Report on sanitation, dispensaries, and jails in Rajputana for 1915, and on vaccination for the year 1915-1916 - 1915-1916
Year: 1915
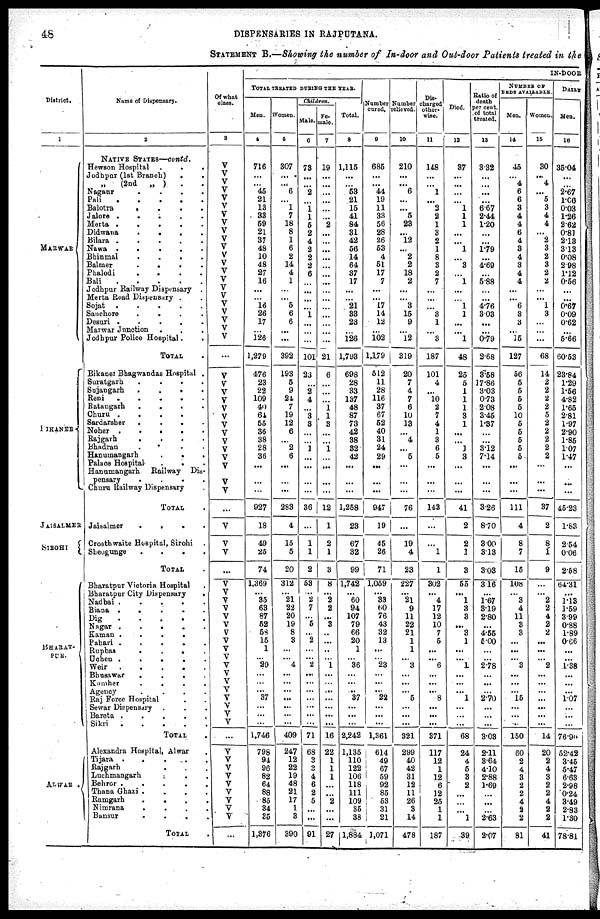
48
DISPENSARIES IN RAJPUTANA.
STATEMENT B.—Showing the number of In-door and Out-door Patients treated in the
District.
1
MARWAR
BIKANER
JAISALMER
SIROHI
BHARAT-
PUR.
ALWAR .
Name of Dispensary.
2
NATIVE STATES—contd.
Hewson Hospital
.
.
.
Jodhpur (1st Branch) . .
(2nd
„ )
. .
Nagaur
.
.
.
.
Pali . .
.
.
.
Balotra
.
.
.
.
Jalore .
.
. . .
Merta .
.
.
.
.
Didwana
.
.
.
.
Bilara .
.
.
.
.
Nawa .
.
.
.
.
Bhinmal
.
.
.
.
Balmer
.
.
.
.
Phalodi
.
.
.
.
Bali
.
.
.
.
.
Jodhpur Railway Dispensary .
Merta Road Dispensary . .
Sojat
.
.
.
.
.
Sanchore
.
.
.
.
Desuri .
.
.
.
.
Marwar Junction
. . .
Jodhpur Police Hospital .
.
TOTAL .
Bikaner Bhagwandas Hospital .
Suratgarh
.
.
.
.
Sojangarh . . . .
Reni
.
.
.
.
.
Ratangarh
. . . .
Churu .
.
.
.
Sardarsher
.
.
.
.
Noher .
.
.
.
.
Rajgarh
.
.
.
.
Bhadran
. . . .
Hanumangarh
.
.
.
Palace Hospital
.
. .
Hanumangarh
Railway Dis-
pensary
.
.
.
.
Churu Railway Dispensary .
TOTAL .
Jaisalmer
.
.
.
.
Crosthwaite Hospital, Sirohi .
Sheogunge
.
.
.
.
TOTAL .
Bharatpur Victoria Hospital .
Bharatpur City Dispensary
.
Nadbai .
.
.
.
.
Biana .
.
.
.
.
Dig
.
.
.
.
.
Nagar .
.
.
.
.
Kaman .
.
.
.
Pahari .
.
.
.
.
Rupbas
.
.
. .
Uchen .
.
.
.
.
Weir
.
.
.
.
.
Bhusswar
.
.
.
.
Kumher
.
.
.
.
Agency
.
.
.
.
Raj Force Hospital . .
Sewar Dispensary . . .
Bareta .
.
.
.
.
Sikri
.
.
.
.
.
TOTAL .
Alexandra Hospital, Alwar .
Tijara .
.
.
.
.
Rajgarh . . .
Luchmangarh . . .
Behror .
.
.
.
.
Thana Ghazi . . . .
Ramgarh
. . . .
Nimrana
.
. . .
Bansur
. . . .
TOTAL .
Of what
class.
3
V
V
V
V
V
V
V
V
V
V
V
V
V
V
V
V
V
V
V
V
V
V
...
V
V
V
V
V
V
V
V
V
V
V
V
V
V
...
V
V
V
...
V
V
V
V
V
V
V
V
V
V
V
V
V
V
V
V
V
V
...
V
V
V
V
V
V
V
V
V
...
IN-DOOR
TOTAL TREATED DURING THE YEAR.
Men.
4
716
...
...
45
21
13
33
59
21
37
48
10
48
27
16
...
...
16
26
17
...
126
1,279
476
23
22
109
40
64
55
36
38
28
36
...
...
...
927
18
49
25
74
1,369
...
35
63
87
52
58
15
1
... 29
...
...
...
37
...
...
...
1,746
798
94
96
82
64
88
85
34
85
1,376
Women.
5
307
...
...
6
...
1
7
18
8
1
6
2
14
4
1
...
...
5
6
6
...
...
392
193
5
9
24
7
19
12
6
...
2
6
...
...
...
283
4
15
5
20
312
...
21
22
20
19
8
3
...
... 4
...
...
...
...
...
...
...
409
247
12
22
19
48
21
17
1
3
390
Children.
Male.
6
73
...
...
2
...
1
1
5
2
4
2
2
2
6
...
...
...
...
1
...
...
...
101
23
...
2
4
...
3
3
...
...
1
...
...
...
...
36
...
1
1
2
53
...
2
7
...
5
...
2
...
... 2
...
...
...
...
...
...
...
71
68
3
3
4
6
2
5
...
...
91
Fe-
male.
7
19
...
...
...
...
...
...
2
...
...
...
...
...
...
...
...
...
...
...
...
...
...
21
6
...
...
...
1
1
3
...
...
1
...
...
...
...
12
1
2
1
3
8
...
2
2
...
8
...
...
...
... 1
...
...
...
...
...
...
...
16
22
1
1
1
...
...
2
...
...
27
Total.
8
1,115
...
...
53
21
15
41
84
31
42
56
14
64
37
17
...
...
21
33
23
...
126
1,793
698
28
33
137
48
87
73
42
38
82
42
...
...
...
1,258
23
67
32
99
1,742
...
60
94
107
79
66
20
1
... 36
...
...
...
37
...
...
...
2,242
1,135
110
122
106
118
111
109
35
38
1,884
Number
cured.
9
685
...
...
44
19
11
33
56
28
26
53
4
51
17
7
...
...
17
14
12
...
102
1,179
512
11
28
116
37
67
52
40
81
24
29
...
...
...
947
19
45
26
71
1,059
...
33
60
76
43
32
13
...
... 23
...
...
...
22
...
...
...
1,361
614
49
67
59
92
85
53
31
21
1,071
Number
relieved.
10
210
...
...
6
...
...
5
23
...
12
...
2
2
18
2
...
...
3
15
9
...
12
319
20
7
4
7
6
10
13
...
4
...
5
...
...
...
76
...
19
4
23
227
...
21
9
11
22
21
1
1
... 3
...
...
...
5
...
...
...
321
299
40
42
31
12
11
26
3
14
478
Dis-
charged
other-
wise.
11
148
...
...
1
...
2
2
1
3
2
1
8
3
2
7
...
...
...
3
1
...
3
187
101
4
...
10
2
7
4
1
3
6
5
...
...
...
143
...
...
1
1
302
...
4
17
12
10
7
5
...
... 6
...
...
...
8
...
...
...
371
117
12
1
12
6
12
25
1
1
187
Died.
12
37
...
...
...
...
1
1
1
...
...
1
...
3
...
1
...
...
1
1
...
...
1
48
25
5
1
1
1
3
1
...
...
1
3
...
...
...
41
2
2
1
3
55
...
1
3
2
...
3
1
...
... 1
...
...
...
1
...
...
...
68
24
4
5
3
2
...
...
...
1
39
Ratio of
death
per cent.
of total
treated.
13
3.32
...
...
...
...
6.67
2.44
1.20
...
...
1.79
...
4.69
...
5.88
...
...
4.76
3.03
...
...
0.79
2.68
3.58
17.86
3.03
0.73
2.08
3.45
1.37
...
...
3.12
7.14
...
...
...
3.26
8.70
3.00
3.13
3.03
3.16
...
1.67
8.19
2.80
...
4.55
5.00
...
...
2.78
...
...
...
2.70
...
...
...
3.03
2.11
8.64
4.10
2.88
1.69
...
...
...
2.63
2.07
NUMBER OF
BEDS AVAILABLE.
Men.
14
45
...
4
6
6
3
4
4
6
4
3
4
3
4
4
...
...
6
3
3
...
15
127
56
5
5
5
5
10
5
5
5
5
5
...
...
...
111
4
8
7
15
108
...
3
4
11
3
3
...
...
... 3
...
...
...
15
...
...
...
150
60
2
4
3
2
2
4
2
2
81
Women.
15
30
...
4
...
5
3
4
4
...
2
3
2
3
2
2
...
...
1
3
...
...
...
68
14
2
2
2
2
5
2
2
2
2
2
...
...
...
37
2
8
1
9
...
...
2
2
4
2
2
...
...
... 2
...
...
...
...
...
...
...
14
20
2
4
3
2
2
4
2
2
41
DAILY
Men.
16
35.04
...
...
2.67
1.06
0.03
1.26
2.62
0.81
2.13
3.13
0.08
2.98
1.12
0.56
...
...
0.67
0.09
0.62
...
5.66
60.53
23.84
1.29
1.56
4.82
1.65
2.81
1.97
2.90
1.85
1.07
1.47
...
...
...
45.23
1.83
2.54
0.06
2.58
64.31
...
1.13
1.59
3.99
0.88
1.89
0.66
...
...
1.38
...
...
...
1.07
...
...
...
76.90
52.42
3.45
5.47
6.63
2.98
0.24
3.49
2.83
1.80
78.81